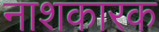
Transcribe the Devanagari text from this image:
नाशकारक